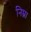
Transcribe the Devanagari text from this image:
निम्ना